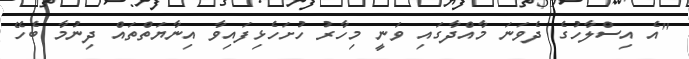
"އެ އިސްލާހުގެ ދެވަނަ މާއްދާގައި ވަނީ މިހާރު ހުށަހެޅިފައިވާ އިނާޔަތްތައް ދިނުމާ ބެހޭ